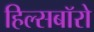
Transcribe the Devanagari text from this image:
हिल्सबॉरो